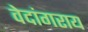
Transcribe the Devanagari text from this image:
वेदांगराय